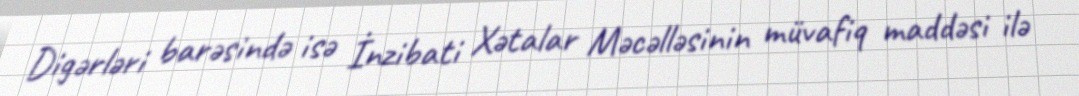
Digərləri barəsində isə İnzibati Xətalar Məcəlləsinin müvafiq maddəsi ilə